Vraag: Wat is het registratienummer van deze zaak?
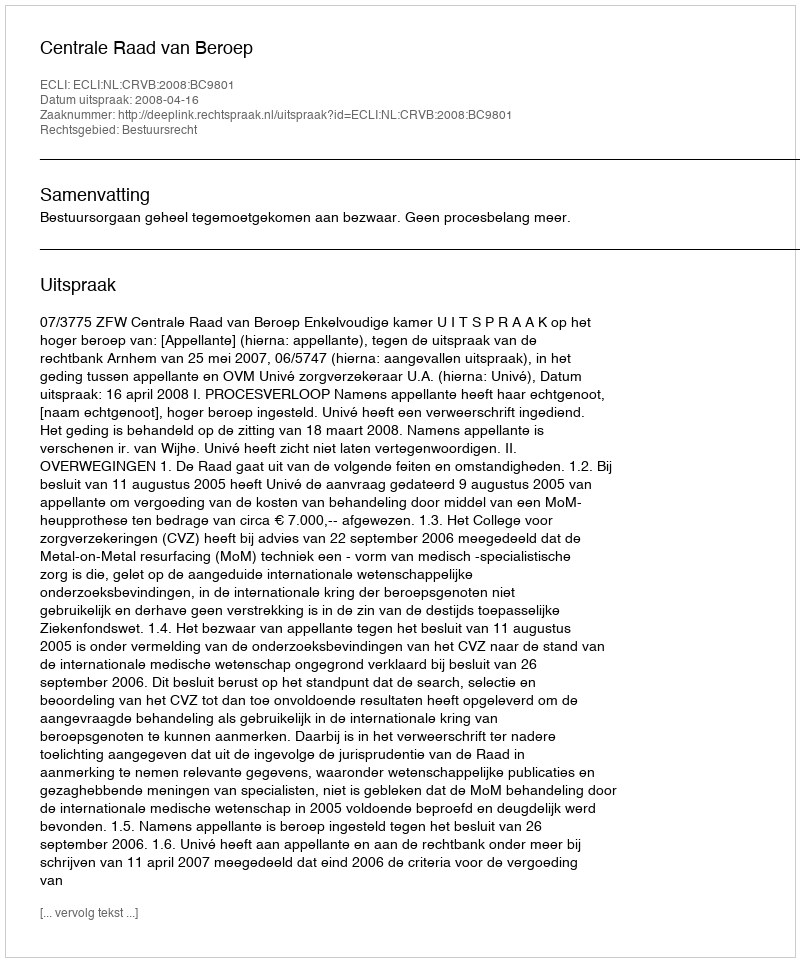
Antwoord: http://deeplink.rechtspraak.nl/uitspraak?id=ECLI:NL:CRVB:2008:BC9801